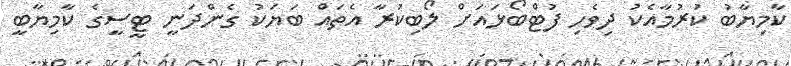
ކާމިޔާބު ކުރުމާއެކު ދިވެހި ފުޓްބޯޅައަށް ލޯބިކުރާ އެތައް ބަޔަކު ގެންދަނީ ޓީސީގެ ކާމިޔާބީ